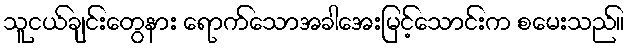
သူငယ်ချင်းတွေနား ရောက်သောအခါအေးမြင့်သောင်းက စမေးသည်။